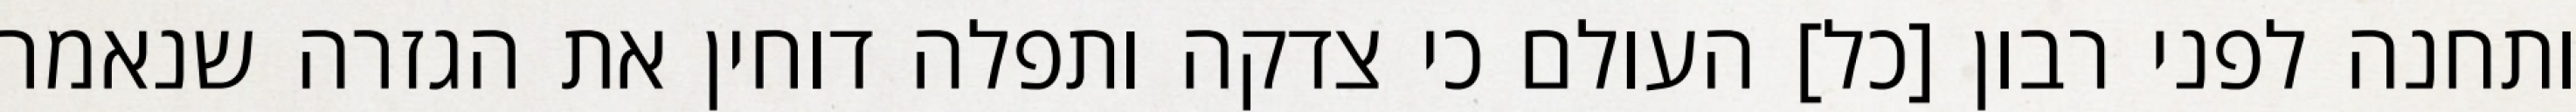
ותחנה לפני רבון [כל] העולם כי צדקה ותפלה דוחין את הגזרה שנאמר